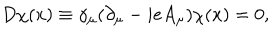
D \chi ( x ) \equiv \gamma _ { \mu } ( \partial _ { \mu } - i e A _ { \mu } ) \chi ( x ) = 0 ,